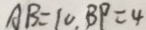
A B = 1 0 , B P = 4